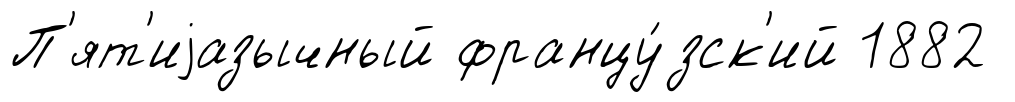
П'ят'иjазычный францу́зск'ий 1882